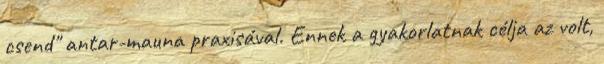
csend" antar-mauna praxisával. Ennek a gyakorlatnak célja az volt,